Insane asylums Bombay 1873-77 - 1873-1877
Year: 1873
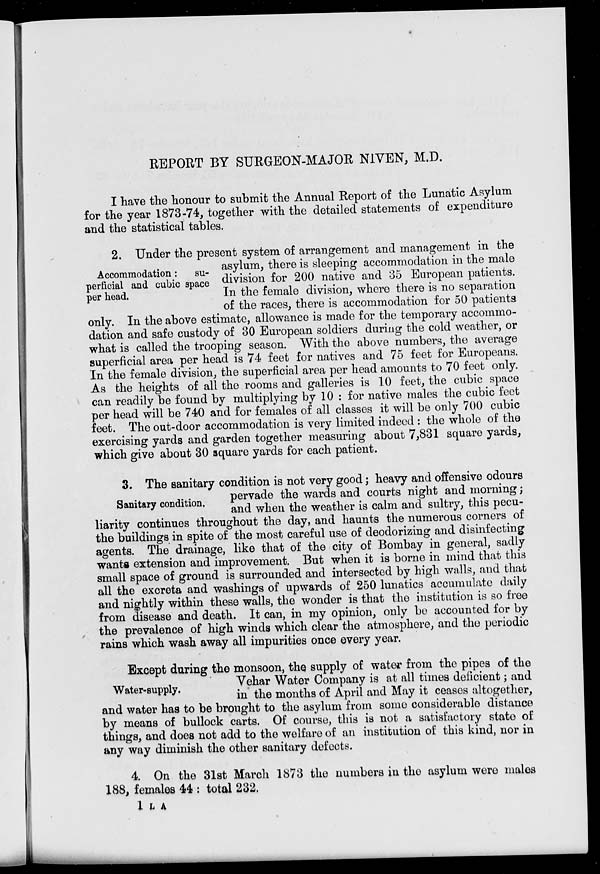
REPORT BY SURGEON-MAJOR N1VEN, M.D.
I have the honour to submit the Annual Report of the Lunatic Asylum
for the year 1873-74, together with the detailed statements of expenditure
and the statistical tables.
Accommodation: su-
perficial and cubic space
per head.
2. Under the present system of arrangement and management in the
asylum, there is sleeping accommodation in the male
division for 200 native and 35 European patients.
In the female division, where there is no separation
of the races, there is accommodation for 50 patients
only. In the above estimate, allowance is made for the temporary accommo-
dation and safe custody of 30 European soldiers during the cold weather, or
what is called the trooping season. With the above numbers, the average
superficial area per head is 74 feet for natives and 75 feet for Europeans.
In the female division, the superficial area per head amounts to 70 feet only.
As the heights of all the rooms and galleries is 10 feet, the cubic space
can readily be found by multiplying by 10 : for native males the cubic feet
per head will be 740 and for females of all classes it will be only 700 cubic
feet. The out-door accommodation is very limited indeed : the whole of the
exercising yards and garden together measuring about 7,831 square yards,
which give about 30 square yards for each patient.
Sanitary condition.
3. The sanitary condition is not very good; heavy and offensive odours
pervade the wards and courts night and morning;
and when the weather is calm and sultry, this pecu-
liarity continues throughout the day, and haunts the numerous corners of
the buildings in spite of the most careful use of deodorizing and disinfecting
agents. The drainage, like that of the city of Bombay in general, sadly
wants extension and improvement. But when it is borne in mind that this
small space of ground is surrounded and intersected by high walls, and that
all the excreta and washings of upwards of 250 lunatics accumulate daily
and nightly within these walls, the wonder is that the institution is so free
from disease and death. It can, in my opinion, only be accounted for by
the prevalence of high winds which clear the atmosphere, and the periodic
rains which wash away all impurities once every year.
Water-supply.
Except during the monsoon, the supply of water from the pipes of the
Vehar Water Company is at all times deficient; and
in the months of April and May it ceases altogether,
and water has to be brought to the asylum from some considerable distance
by means of bullock carts. Of course, this is not a satisfactory state of
things, and does not add to the welfare of an institution of this kind, nor in
any way diminish the other sanitary defects.
4. On the 31st March 1873 the numbers in the asylum were males
188, females 44 : total 232.
1 L A